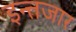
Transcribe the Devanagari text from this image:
इन्त्तजार